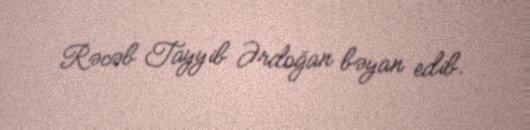
Rəcəb Tayyib Ərdoğan bəyan edib.